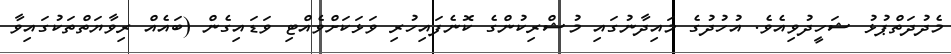
މެދުދަތްޕުޅު ޝަހީދުވިއެވެ. އުހުދުގެ މައިދާނުގައި މުޝްރިކުންގެ ކޮނެފައިހުރި ވަޅަކަށްވެއްޓި ވަޑައިގެން (ބައެއް ރިވާޔަތްތަކުގައިވާ